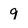
Character: 9